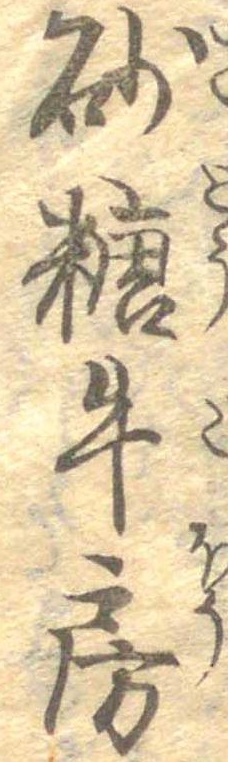
砂糖牛房